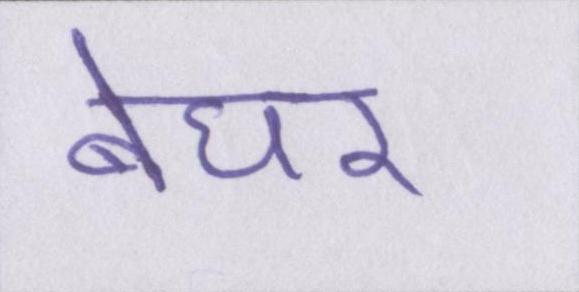
बेघर